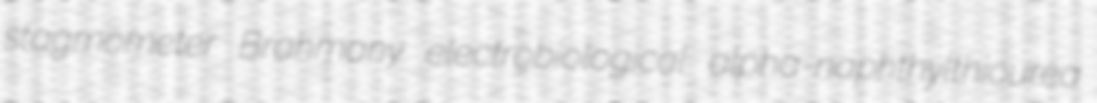
stagmometer Brahmany electrobiological alpha-naphthylthiourea